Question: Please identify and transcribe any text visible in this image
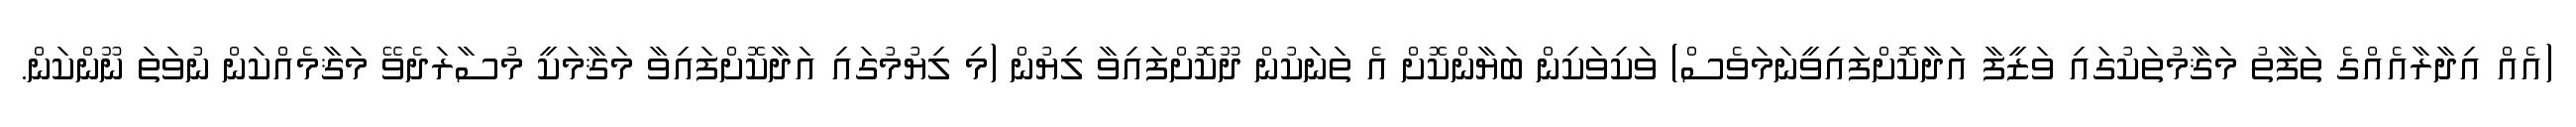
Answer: (އެއް އިދާރާއެއްގެ ތަފާތު މަޤާމުތަކުގައި ވަޒީފާ އަދާކޮށްފައިވީނަމަވެސް) ވަކިވަކިން ބަޔާންކޮށް އެ ތަނަކުން ދޫކޮށްފައިވާ ލިޔުން (މި ލިޔުމުގައި އަދާކޮށްފައިވާ މަޤާމަކީ މުސާރަދެވޭ މަޤާމެއްކަން ނުވަތަ ނޫންކަން.